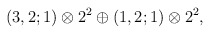
\begin{align*}(3,2;1) \otimes 2^2 \oplus (1,2;1) \otimes 2^2,\end{align*}